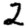
Digit: 2